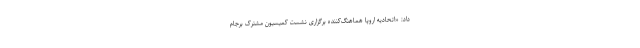
داد: «اتحادیه اروپا هماهنگ‌کننده برگزاری نشست کمیسیون مشترک برجام